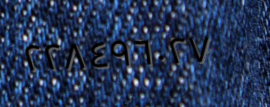
٢٢٨٤٩٦٠٢٧